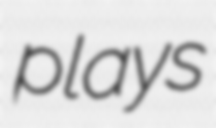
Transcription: plays